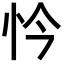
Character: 忴